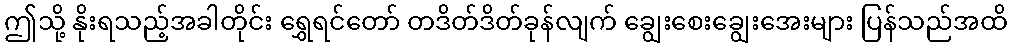
ဤသို့ နိုးရသည့်အခါတိုင်း ရွှေရင်တော် တဒိတ်ဒိတ်ခုန်လျက် ချွေးစေးချွေးအေးများ ပြန်သည်အထိ